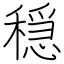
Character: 穏